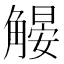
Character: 𧤨